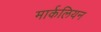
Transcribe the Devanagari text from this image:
मार्कलियन